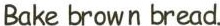
Bake brown bread.